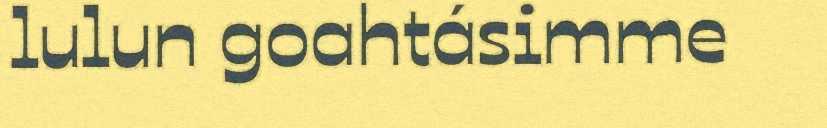
lulun goahtásimme